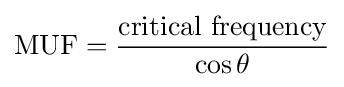
{\text{MUF}}={\frac {\text{critical frequency}}{\cos \theta }}